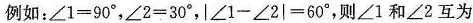
例如：$$\angle 1=90^{\circ}$$，$$\angle 2=30^{\circ}$$，$$|\angle 1-\angle 2|=60^{\circ}$$，则\angle 1和\angle 2互为